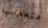
متعجب